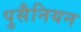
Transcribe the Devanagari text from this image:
पुसैनियन